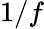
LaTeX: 1/f